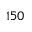
1 5 0